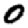
Digit: 0